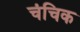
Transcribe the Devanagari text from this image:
चंचिक